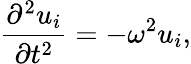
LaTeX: \frac{\partial^{2}u_{i}}{\partial t^{2}}=-\omega^{2}u_{i},